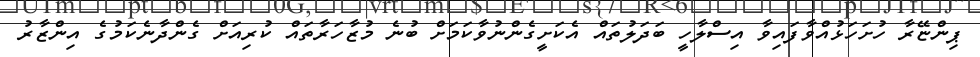
ޕިންޏޭރާ ހުށަހަޅުއްވާފައިވާ އިސްލާހީ ބަދަލުތައް އެކަށީގެންނުވާކަމަށް ބުނެ މުޒާހަރާތައް ކުރިއަށް ގެންދާނެކަމުގެ އިންޒާރު